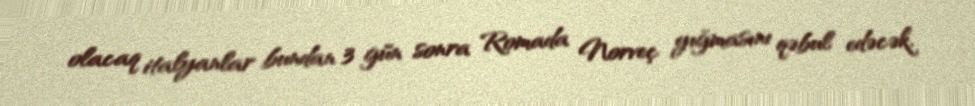
olacaq italyanlar bundan 3 gün sonra Romada Norveç yığmasını qəbul edəcək.